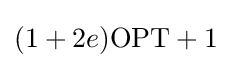
(1+2e)\mathrm {OPT} +1